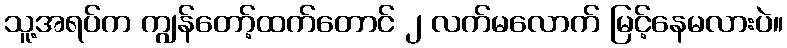
သူ့အရပ်က ကျွန်တော့်ထက်တောင် ၂ လက်မလောက် မြင့်နေမလားပဲ။